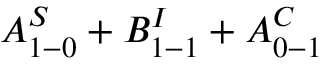
A _ { 1 - 0 } ^ { S } + B _ { 1 - 1 } ^ { I } + A _ { 0 - 1 } ^ { C }